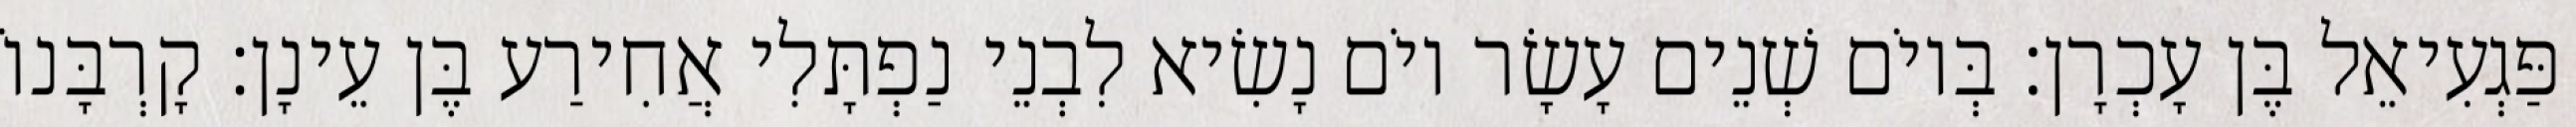
פַּגְעִיאֵל בֶּן עָכְרָן׃ בְּיוֹם שְׁנֵים עָשָׂר יוֹם נָשִׂיא לִבְנֵי נַפְתָּלִי אֲחִירַע בֶּן עֵינָן׃ קָרְבָּנוֹ